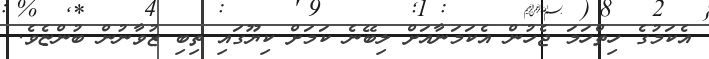
އެކަމުގެ ހިތްހަމަ ޖެހުން އެކަމަނާއަށް ލިބޭނެ ކަމަށް ކިޔޫގައި ތިބި ޒުވާނުން ބުންޏެވެ.